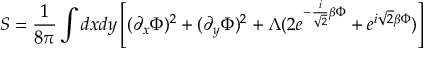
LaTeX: S = { \frac { 1 } { 8 \pi } } \int d x d y \left[ ( \partial _ { x } \Phi ) ^ { 2 } + ( \partial _ { y } \Phi ) ^ { 2 } + \Lambda ( 2 e ^ { - { \frac { i } { \sqrt { 2 } } } \beta \Phi } + e ^ { i \sqrt { 2 } \beta \Phi } ) \right]